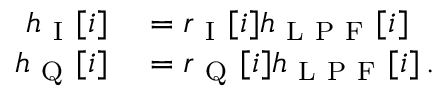
\begin{array} { r l } { h _ { \mathrm { ~ I ~ } } [ i ] } & { { } = r _ { \mathrm { ~ I ~ } } [ i ] h _ { \mathrm { ~ L ~ P ~ F ~ } } [ i ] } \\ { h _ { \mathrm { ~ Q ~ } } [ i ] } & { { } = r _ { \mathrm { ~ Q ~ } } [ i ] h _ { \mathrm { ~ L ~ P ~ F ~ } } [ i ] \, . } \end{array}